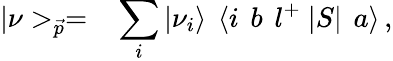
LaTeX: |\nu>_{\vec{p}}=\, ~~\sum_{i}|\nu_{i}\rangle\, ~\langle i\, ~b\, ~l^{+}~|S|\, ~a\rangle\, ,